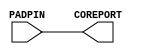
//------------------------------------------------------
// Copyright 1992, 1993 Cascade Design Automation Corporation.
//------------------------------------------------------
module pdanalog(PADPIN,COREPORT);
  parameter PTYPE = "PLAIN";
  parameter YPITCH = "12MA";
  parameter SLIM_FLAG = 0;
  parameter
        d_PADPIN_r = 0,
        d_PADPIN_f = 0,
        d_COREPORT_r = 1,
        d_COREPORT_f = 1;
  input  PADPIN;
  output  COREPORT;
  wire  PADPIN_temp;
  reg  COREPORT_temp;
  assign #(d_PADPIN_r,d_PADPIN_f) PADPIN_temp = PADPIN;
  assign #(d_COREPORT_r,d_COREPORT_f) COREPORT = COREPORT_temp;
  always
    @(PADPIN_temp)
      COREPORT_temp = PADPIN_temp;
endmodule